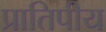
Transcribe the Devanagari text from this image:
प्रातिपीय